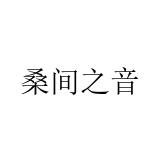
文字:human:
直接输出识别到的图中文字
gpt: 桑间之音